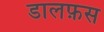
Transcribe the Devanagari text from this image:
डालफ़स